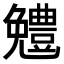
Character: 𠓍